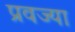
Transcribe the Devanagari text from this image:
प्रवज्या